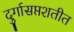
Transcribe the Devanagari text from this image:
दुर्गासप्तशतीत